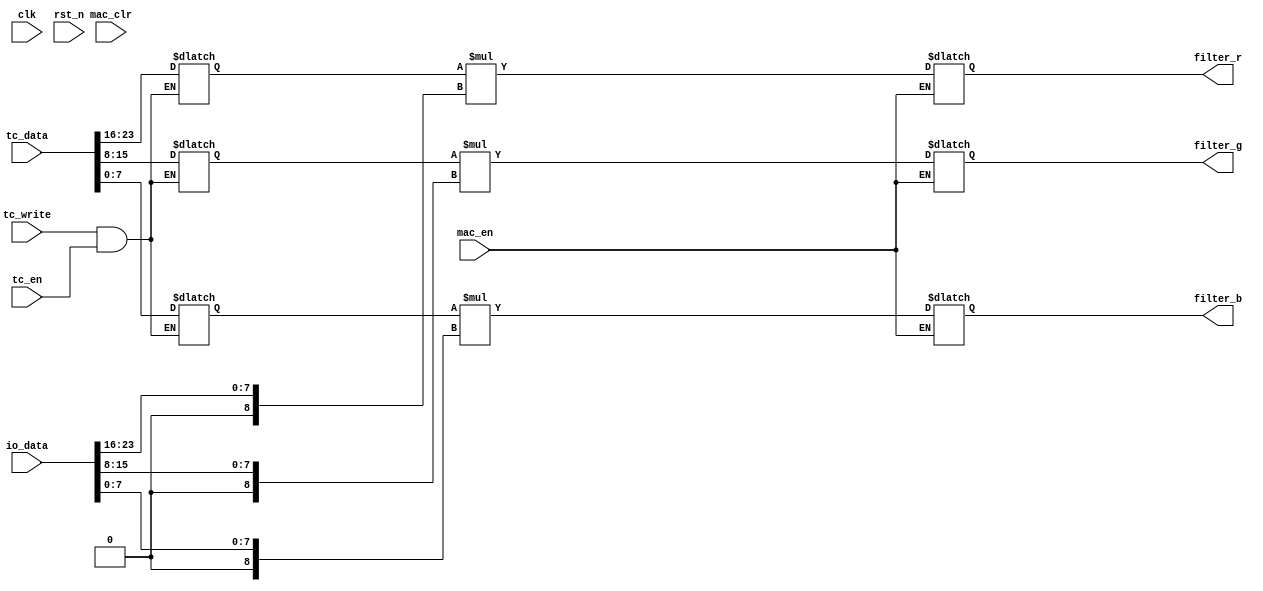
module fir_filter_calc( clk, rst_n, io_data, tc_data, tc_write, tc_en, mac_en, mac_clr, filter_r, filter_g, filter_b);
   //-------------------------parameters---------------------------//
   //FSM
   //-------------------------------------------------------------//
   //---------------------Signal & Registers----------------------//
   //Clock 
   input clk;
   input rst_n;
   input [23:0]tc_data;
   //Input
   input tc_write, tc_en, mac_en, mac_clr;
   input [23:0] io_data;
  
   //Output
   output reg signed [16:0] filter_r, filter_g, filter_b;
   
   //wire&reg
   reg [23:0] demux_img, demux_tc;
   //reg [1:0] ps,ns;
   reg signed [7:0] tc_r, tc_g, tc_b;


   //demux
/*
   always@(*)begin   
      if (tc_write==0) begin 
         demux_img<=io_data;
         demux_tc<=24'bx; end
      else begin 
         demux_img<=24'bx; 
         demux_tc<=io_data; end
      end
   //TC_reg
   */
	always@(*)
	begin
	demux_img <= io_data;
	end

   always@(*)
	begin
	end

   always @(*)
   begin
      if ((tc_write == 1)&&(tc_en==1))
         begin
         tc_r = tc_data[23:16];
         tc_g = tc_data[15:8];
         tc_b = tc_data[7:0];   
         end
      else
      begin
         tc_r = tc_r;
         tc_g = tc_g;
         tc_b = tc_b;
   end
   end
 
// MUL
always @ (*)
/*if(!rst_n) begin filter_r<=20'b0; filter_g<=20'b0; filter_b<=20'b0; end
      else if(mac_clr==1) begin filter_r<=20'b0; filter_g<=20'b0; filter_b<=20'b0;
      end
      
      else */if (mac_en==1) begin
		begin
		filter_r <= tc_r * $signed( { 1'b0, demux_img[23:16] } );
	        filter_g <= tc_g * $signed( { 1'b0, demux_img[15:8] } );
	        filter_b <= tc_b * $signed( { 1'b0, demux_img[7:0] } ); 
		end
	  end
      else begin filter_r<= filter_r; filter_g<= filter_g; filter_b<= filter_b; end         


//output
endmodule